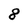
Character: 8